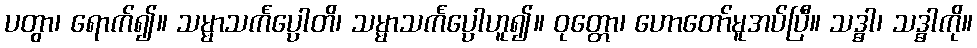
ပတွာ၊ ရောက်၍။ သမ္မာသင်္ကပ္ပောတိ၊ သမ္မာသင်္ကပ္ပောဟူ၍။ ဝုတ္တော၊ ဟောတော်မူအပ်ပြီ။ သဒ္ဓါ၊ သဒ္ဓါကို။